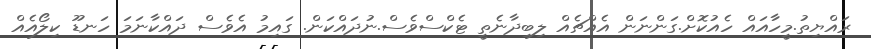
ރައްޔިތު.މީހާައައް ހެއުކޮށް.ގަންނަން އެއްޗެއް ލިބިދާނެތީ ޓެކްސްވެސް.ނުދައްކަން. ގައިމު އެވެސް ދައްކާނަމަ ހަނޑޫ ކިލޯއެއް